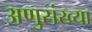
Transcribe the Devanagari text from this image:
अणुसंख्या